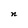
Character: n